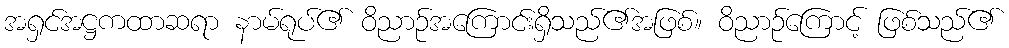
အရှင်အဋ္ဌကထာဆရာ နာမ်ရုပ်၏ ဝိညာဉ်အကြောင်းရှိသည်၏အဖြစ်။ ဝိညာဉ်ကြောင့် ဖြစ်သည်၏